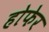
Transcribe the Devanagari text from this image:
होफेर